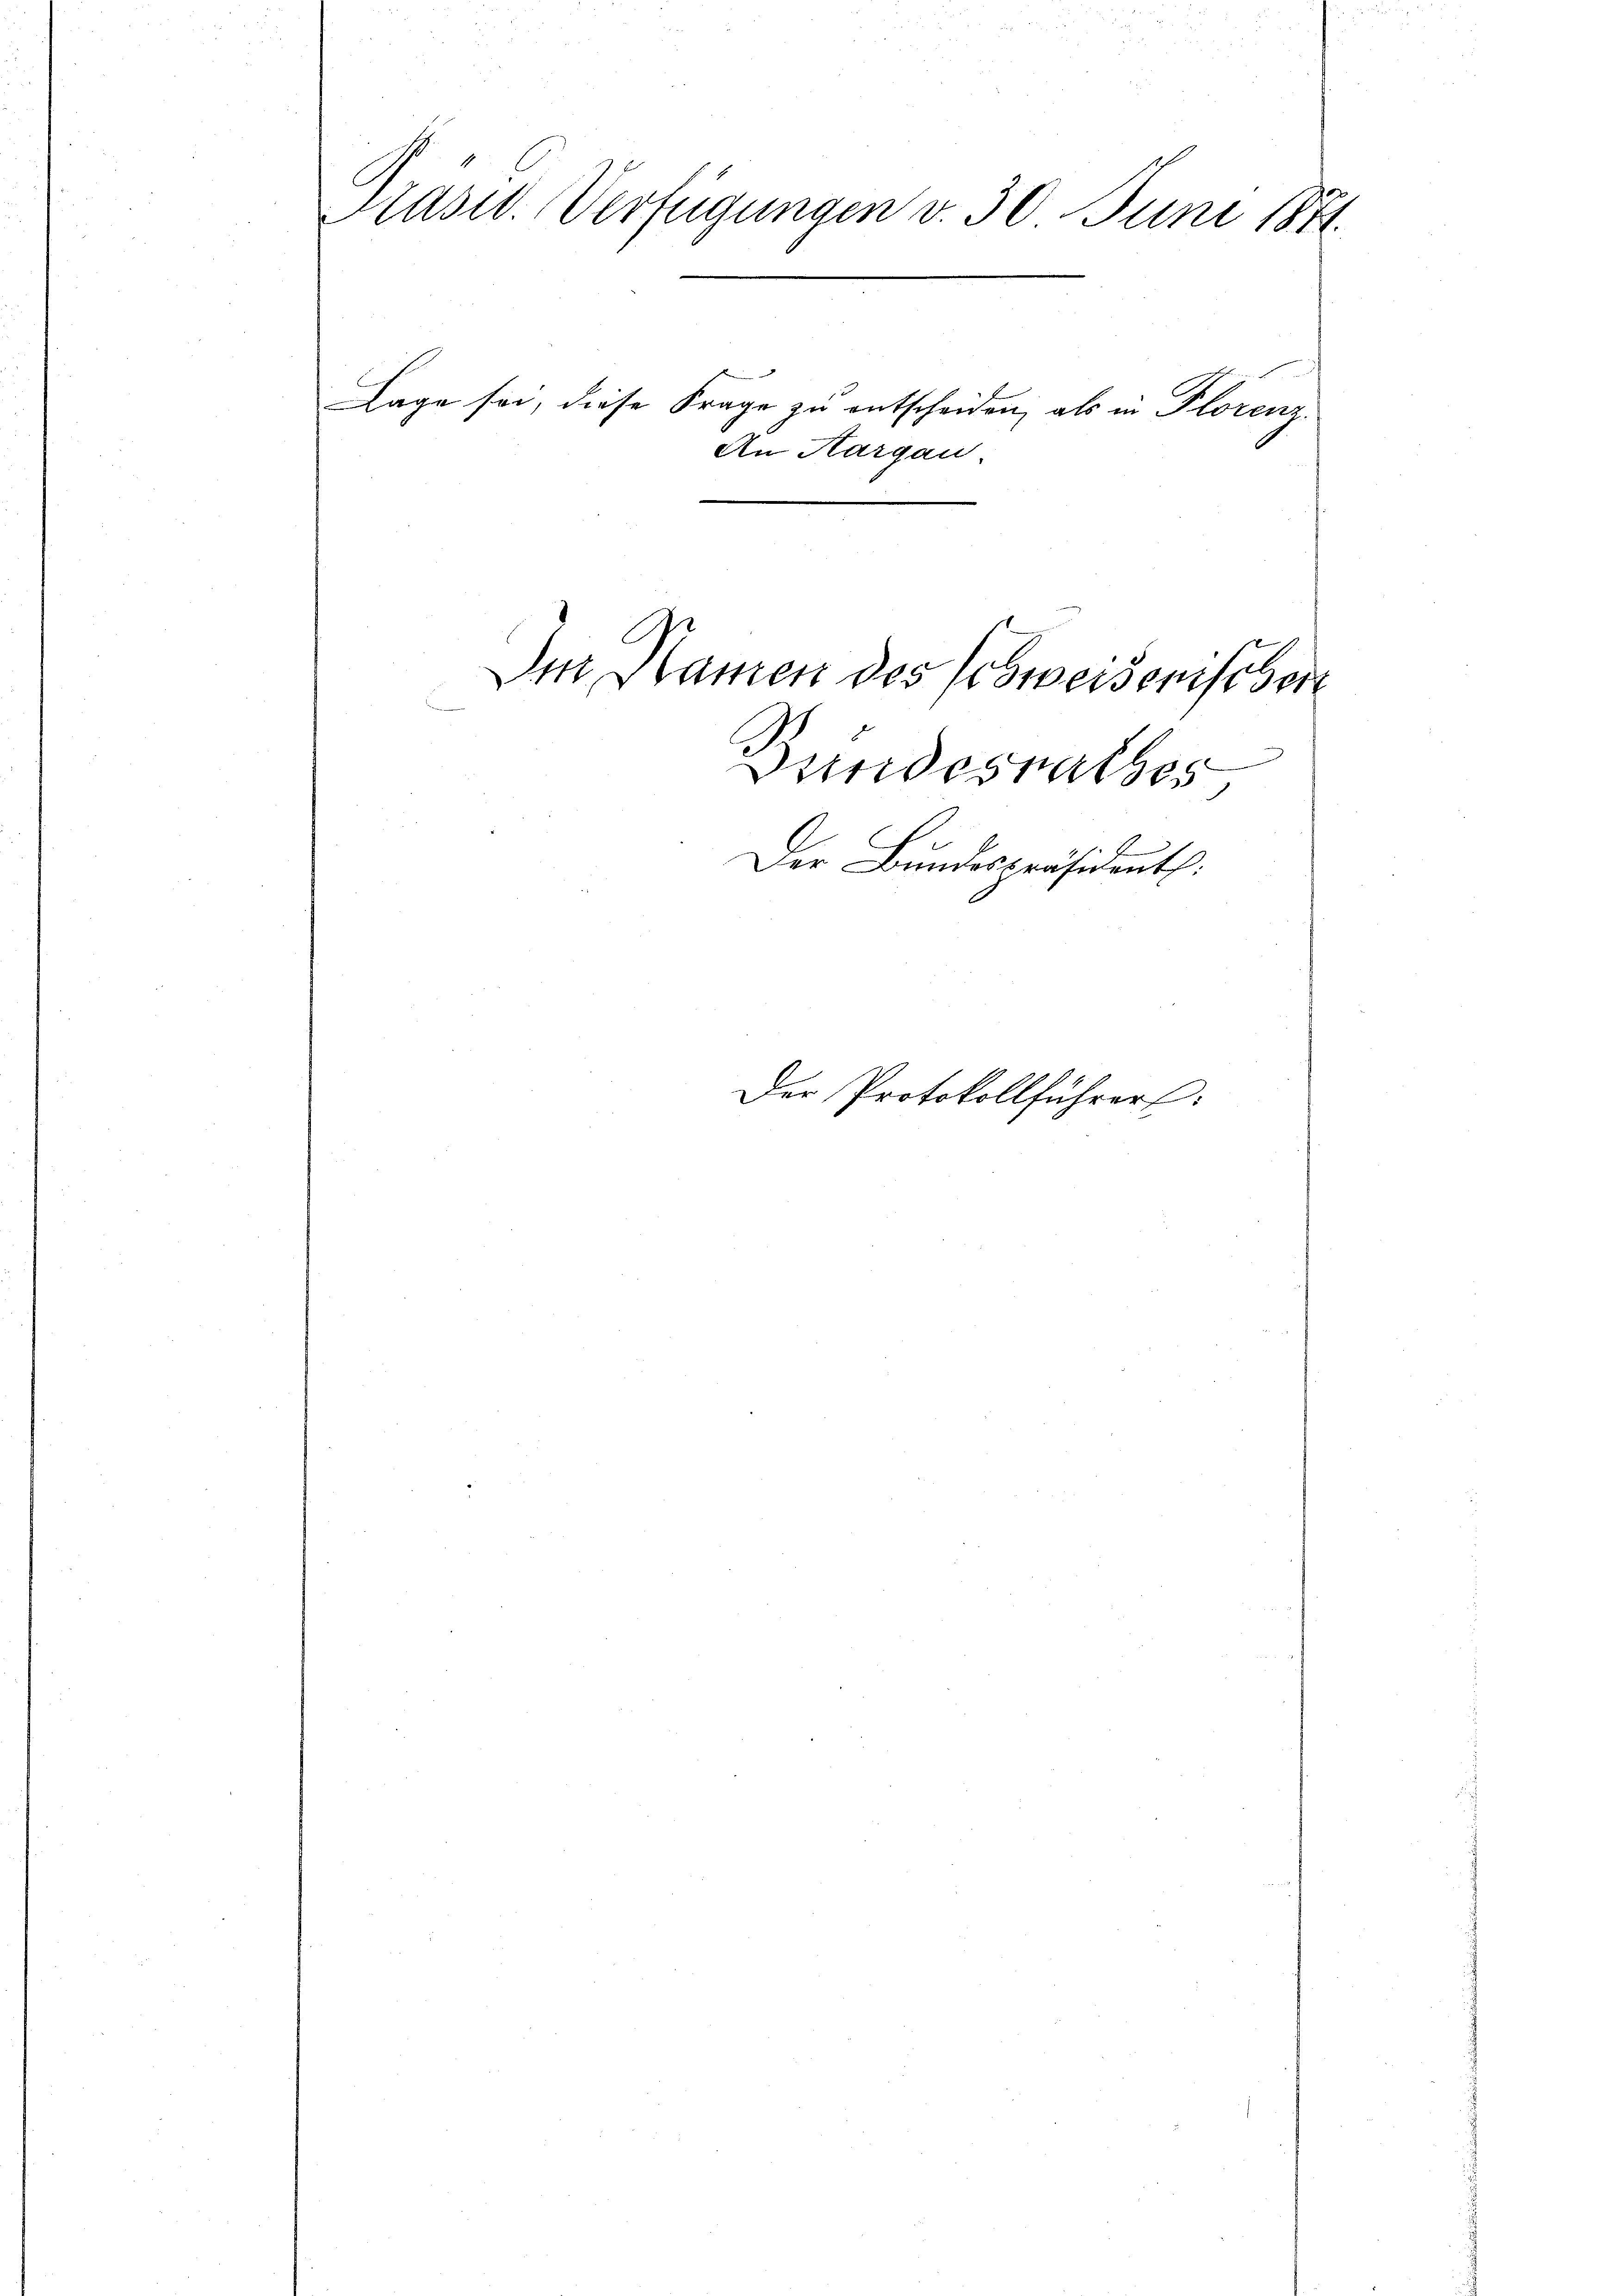
Präsid. Verfügungen v. 30. Juni 1871.

.
Bundesrathes
C
Der Bundespräsident:

Lage sei, diese Frage zu entscheiden, als in Florenz
An Hargau.

Im Namen des Schweisenschen

Der Protokollführers: